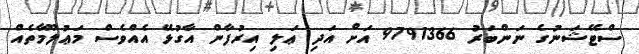
ސްޓޭޝަނުގެ ނަންބަރު 9791366 އަށް އަދި ޢަލި އިރުފާން އާގުޅޭ އެއްވެސް މަޢުލޫމާތެއް